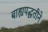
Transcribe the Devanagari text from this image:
बाह्यपद्धतीने